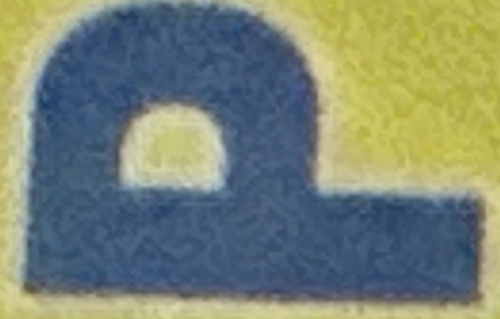
P